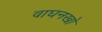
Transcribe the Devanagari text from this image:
वाघनखो